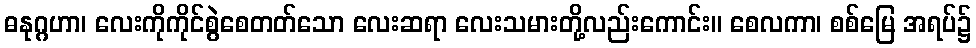
ဓနုဂ္ဂဟာ၊ လေးကိုကိုင်စွဲစေတတ်သော လေးဆရာ လေးသမားတို့လည်းကောင်း။ စေလကာ၊ စစ်မြေ အရပ်၌